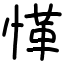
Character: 愅